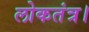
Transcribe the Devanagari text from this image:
लोकतंत्र।